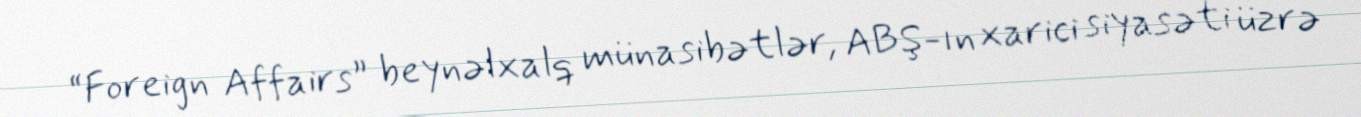
“Foreign Affairs” beynəlxalq münasibətlər, ABŞ-ın xarici siyasəti üzrə